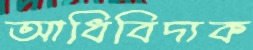
আধিবিদ্যক